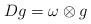
LaTeX: \begin{align*}Dg=\omega\otimes g\end{align*}